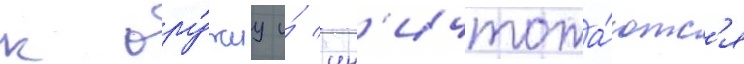
к ору́жиу и́ ун'ичтожа́ютс'я